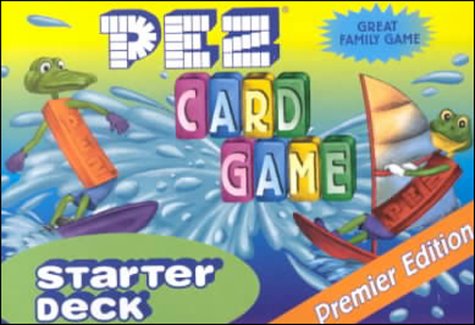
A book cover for Pez Card Game: Starter Deck; Science Fiction & Fantasy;